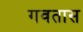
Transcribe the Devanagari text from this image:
गवतास